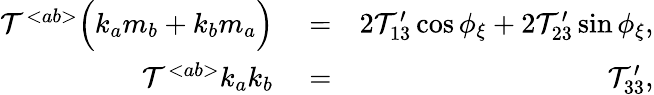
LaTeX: \begin{array}{rlr}{{\cal T}^{<ab>}\Big(k_{a}m_{b}+k_{b}m_{a}\Big)}&{{}=}&{2{\cal T}_{13}^{\prime}\cos\phi_{\xi}+2{\cal T}_{23}^{\prime}\sin\phi_{\xi},}\\ {{\cal T}^{<ab>}k_{a}k_{b}}&{{}=}&{{\cal T}_{33}^{\prime},}\end{array}